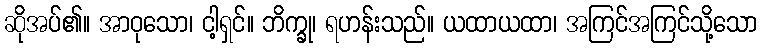
ဆိုအပ်၏။ အာဝုသော၊ ငါ့ရှင်။ ဘိက္ခု၊ ရဟန်းသည်။ ယထာယထာ၊ အကြင်အကြင်သို့သော